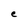
Character: e